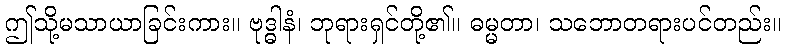
ဤသို့မသာယာခြင်းကား။ ဗုဒ္ဓါနံ၊ ဘုရားရှင်တို့၏။ ဓမ္မတာ၊ သဘောတရားပင်တည်း။